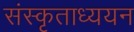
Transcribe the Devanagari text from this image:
संस्कृताध्ययन